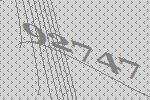
92747